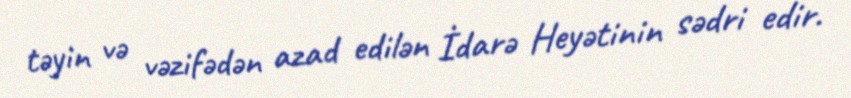
təyin və vəzifədən azad edilən İdarə Heyətinin sədri edir.